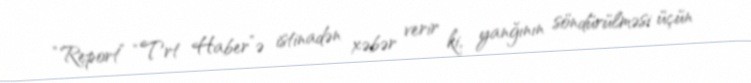
“Report” “Trt Haber”ə istinadən xəbər verir ki, yanğının söndürülməsi üçün